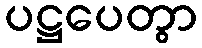
ပဋ္ဌပေတွာ